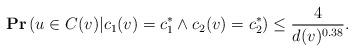
LaTeX: \begin{align*}{\rm \textbf{Pr}}\left(u\in C(v)|c_1(v)=c^*_1\wedge c_2(v)=c^*_2\right) \leq \frac{4}{d(v)^{0.38}}. \end{align*}